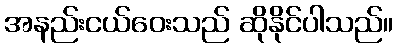
အနည်းငယ်ဝေးသည် ဆိုနိုင်ပါသည်။